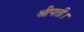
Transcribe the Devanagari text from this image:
श्रीपती।